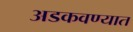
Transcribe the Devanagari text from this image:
अडकवण्यात